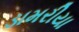
ડામરીયા